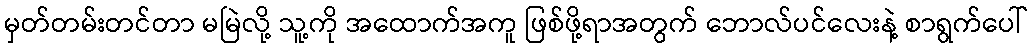
မှတ်တမ်းတင်တာ မမြဲလို့ သူ့ကို အထောက်အကူ ဖြစ်ဖို့ရာအတွက် ဘောလ်ပင်လေးနဲ့ စာရွက်ပေါ်